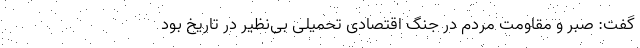
گفت: صبر و مقاومت مردم در جنگ اقتصادی تحمیلی بی‌نظیر در تاریخ بود